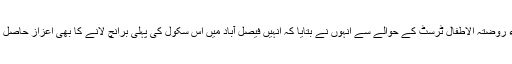
اقراء روضتہ الاطفال ٹرسٹ کے حوالے سے انہوں نے بتایا کہ انہیں فیصل آباد میں اس سکول کی پہلی برانچ لانے کا بھی اعزاز حاصل ہے۔